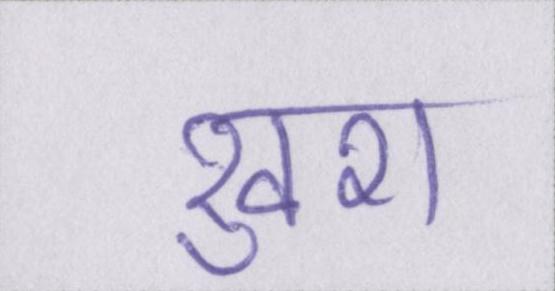
खुश